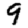
Digit: 9